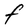
Character: F